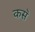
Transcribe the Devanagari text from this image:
कस॓